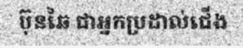
ប៊ុនឆៃ ជាអ្នកប្រដាល់ជើង